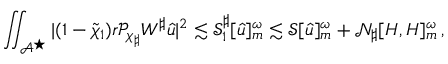
\iint _ { \mathcal { A } ^ { \star } } | ( 1 - \widetilde { \chi } _ { 1 } ) r \mathcal { P } _ { \chi _ { \sharp } } W ^ { \sharp } { \widehat { u } } | ^ { 2 } \lesssim \mathcal { S } _ { 1 } ^ { \sharp } [ { \widehat { u } } ] _ { m } ^ { \omega } \lesssim \mathcal { S } [ { \widehat { u } } ] _ { m } ^ { \omega } + \mathcal { N } _ { \sharp } [ H , H ] _ { m } ^ { \omega } \, ,